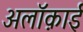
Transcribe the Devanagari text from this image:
अलॉक़ाई